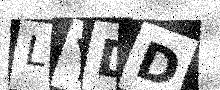
Text: LYDD